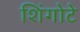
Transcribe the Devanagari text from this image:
शिंगोटे